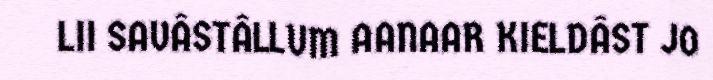
LII SAVÂSTÂLLUM AANAAR KIELDÂST JO